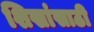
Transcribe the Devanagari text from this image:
शिखांसाठी